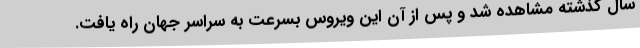
سال گذشته مشاهده شد و پس از آن این ویروس بسرعت به سراسر جهان راه یافت.